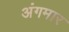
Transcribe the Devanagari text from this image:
अंगमार